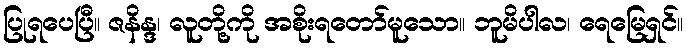
ပြုရပေပြီ။ ဇနိန္ဒ၊ လူတို့ကို အစိုးရတော်မူသော။ ဘူမိပါလ၊ ရေမြေရှင်။